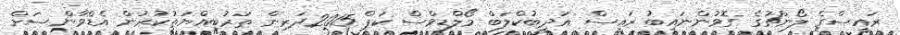
ރައީސްގެ ލޯންޗުގެ ގޮވުންނައިބު ރައީސް އަދީބުކްލަބް މޯލްޑިވްސް ކަޕް 2015ދަރިން ތަރުބިއްޔަތުކުރުން އެޑްވާންސަށް